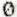
0